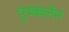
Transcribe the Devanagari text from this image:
पुष्कलेन